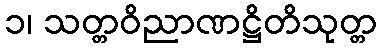
၁၊ သတ္တဝိညာဏဋ္ဌိတိသုတ္တ